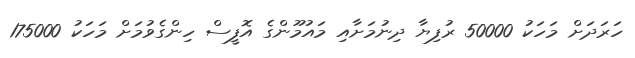
ހަރަދަށް މަހަކު 50000 ރުފިޔާ ދިނުމަށާއި މައުމޫންގެ އޮފީސް ހިންގެވުމަށް މަހަކު 175000